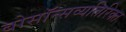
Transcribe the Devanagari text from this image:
बोसॉन्सव्यतिरिक्त